Lunatic asylums Madras 1892-1911 - 1892-1911
Year: 1892
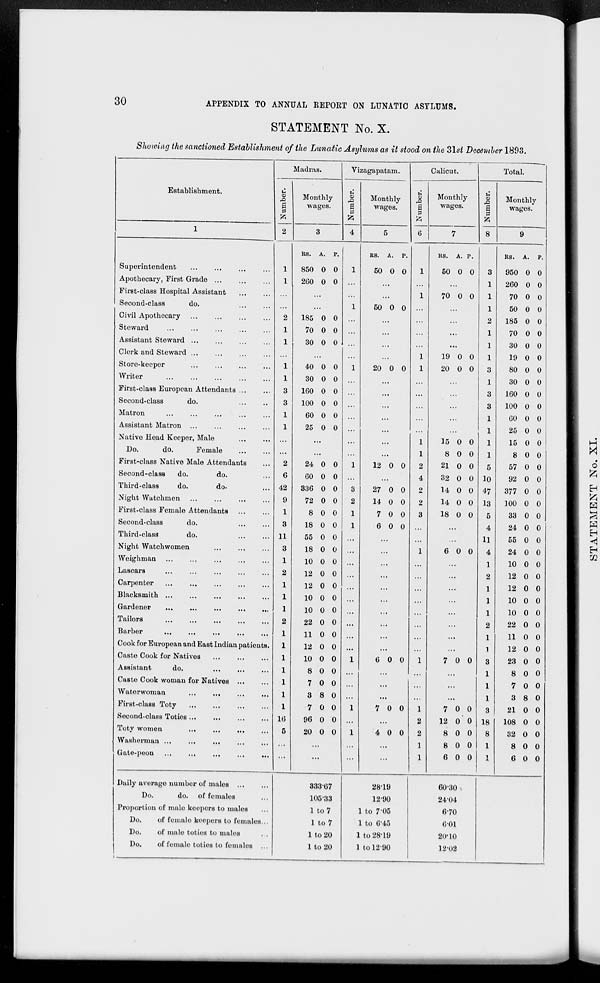
30
APPENDIX TO ANNUAL REPORT ON LUNATIC ASYLUMS.
STATEMENT No. X.
Showing the sanctioned Establishment of the Lunatic Asylums as it stood on the 31st December 1893.
Establishment.
1
Superintendent ... ... ... ...
Apothecary, First Grade ... ... ...
First-class Hospital Assistant ... ...
Second-class
do. ... ...
Civil Apothecary ... ... ... ...
Steward ... ... ... ... ...
Assistant Steward
...
...
...
...
Clerk and Steward ... ... ... ...
Store-keeper ... ... ... ...
Writer
...
...
...
...
...
First-class European Attendants ... ...
Second-class
do. ... ...
Matron ... ... ... ... ...
Assistant Matron ... ... ... ...
Native Head Keeper, Male
...
...
Do.
do.
Female
...
...
First-class Native Male Attendants ...
Second-class
do.
do. ...
Third-class
do.
do. ...
Night Watchmen ... ... ... ...
First-class Female Attendants ... ...
Second-class
do. ... ...
Third-class
do.
...
...
Night Watch women
...
...
...
Weighman ... ... ... ... ...
Lascars ... ... ... ... ...
Carpenter ... ... ... ... ...
Blacksmith ... ... ... ... ...
Gardener
...
...
...
...
...
Tailors
...
...
...
...
...
Barber ... ... ... ... ...
Cook for European and East Indian patients.
Caste Cook for Natives
...
...
...
Assistant
do. ... ... ...
Caste Cook woman for Natives ... ...
Waterwoman ... ... ... ...
First-class Toty
...
...
...
...
Second-class Toties ... ... ... ...
Toty women
...
...
...
...
Washerman ... ... ... ... ...
Gate-peon
...
...
...
...
...
Daily average number of males
...
...
Do.
do. of females ...
Proportion of male keepers to males ...
Do.
of female keepers to females ...
Do.
of male toties to males
...
Do.
of female toties to females ...
Madras.
Number.
2
1
1
...
...
2
1
1
...
1
1
3
3
1
1
...
...
2
6
42
9
1
3
11
3
1
2
1
1
1
2
1
1
1
1
1
1
1
16
5
...
...
Monthly
wages.
3
Rs.
850
260
A.
0
0
P.
0
0
...
...
185
70
30
0
0
0
0
0
0
...
40
30
160
100
60
25
0
0
0
0
0
0
0
0
0
0
0
0
...
...
24
60
336
72
8
18
55
18
10
12
12
10
10
22
11
12
10
8
7
3
7
96
20
0
0
0
0
0
0
0
0
0
0
0
0
0
0
0
0
0
0
0
8
0
0
0
0
0
0
0
0
0
0
0
0
0
0
0
0
0
0
0
0
0
0
0
0
0
0
...
...
333.67
105.33
1 to 7
1 to 7
1 to 20
1 to 20
Vizagapatam.
Number.
4
1
...
...
1
...
...
...
...
1
...
...
...
...
...
...
...
1
...
3
2
1
1
...
...
...
...
...
...
...
...
...
...
1
...
...
...
1
...
1
...
...
Monthly
wages.
5
Rs.
50
A.
0
P.
0
...
...
50 0 0
...
...
...
...
20 0 0
...
...
...
...
...
...
...
12 0 0
...
27
14
7
6
0
0
0
0
0
0
0
0
...
...
...
...
...
...
...
...
...
...
6 0 0
...
...
...
7 0 0
...
4 0 0
...
...
28.19
12.90
1 to 7.05
1 to 6.45
1 to 28.19
1 to 12.90
Calicut.
Number.
6
1
...
1
...
...
...
...
1
1
...
...
...
...
...
1
1
2
4
2
2
3
...
...
1
...
...
...
...
...
...
...
...
1
...
...
...
...
...
...
...
...
Monthly
wages.
7
Rs.
50
A.
0
P.
0
...
70 0 0
...
...
...
...
19
20
0
0
0
0
...
...
...
...
...
15
8
21
32
14
14
18
0
0
0
0
0
0
0
0
0
0
0
0
0
0
...
...
6 0 0
...
...
...
...
...
...
...
...
7 0 0
...
...
...
7
12
8
8
6
0
0
0
0
0
0
0
0
0
0
60.30
24.04
6.70
6.01
20.10
12.02
Total.
Number.
8
3
1
1
1
2
1
1
1
3
1
3
3
1
1
1
1
5
10
47
13
5
4
11
4
1
2
1
1
1
2
1
1
3
1
1
1
3
18
8
1
1
Monthly
wages.
9
Rs.
950
260
70
50
185
70
30
19
80
30
160
100
60
25
15
8
57
92
377
100
33
24
55
24
10
12
12
10
10
22
11
12
23
8
7
3
21
108
32
8
6
A.
0
0
0
0
0
0
0
0
0
0
0
0
0
0
0
0
0
0
0
0
0
0
0
0
0
0
0
0
0
0
0
0
0
0
0
8
0
0
0
0
0
P.
0
0
0
0
0
0
0
0
0
0
0
0
0
0
0
0
0
0
0
0
0
0
0
0
0
0
0
0
0
0
0
0
0
0
0
0
0
0
0
0
0